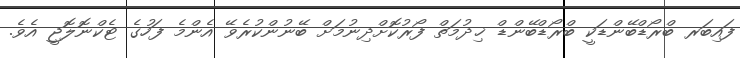
ފައިބަރ ބްރޯޑްބޭންޑަކީ ބްރޯޑްބޭންޑް ޚިދުމަތް ފޯރުކޮށްދިނުމަށް ބޭނުންކުރެވޭ އެންމެ ފަހުގެ ޓެކްނޮލޮޖީ އެވެ.